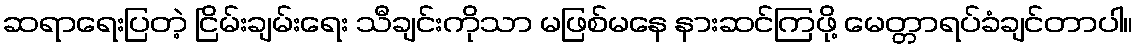
ဆရာရေးပြတဲ့ ငြိမ်းချမ်းရေး သီချင်းကိုသာ မဖြစ်မနေ နားဆင်ကြဖို့ မေတ္တာရပ်ခံချင်တာပါ။